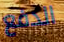
الدفع